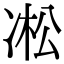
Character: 凇